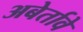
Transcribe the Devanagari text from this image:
अबेर्तावे